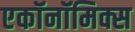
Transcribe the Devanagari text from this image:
एकॉनॉमिक्स